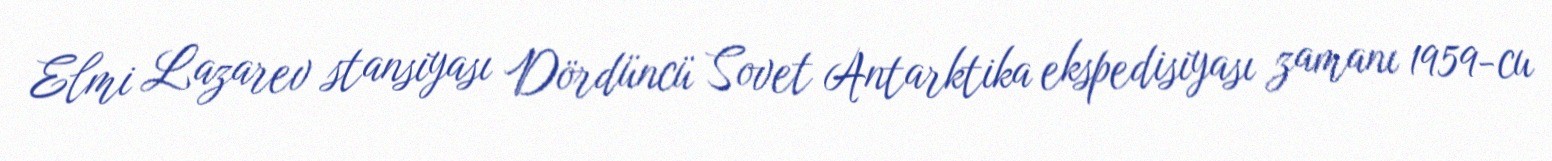
Elmi Lazarev stansiyası Dördüncü Sovet Antarktika ekspedisiyası zamanı 1959-cu